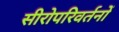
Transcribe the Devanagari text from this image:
सीरोपरिवर्तनों